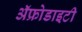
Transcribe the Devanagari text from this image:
ॲफ्रोडाइटी